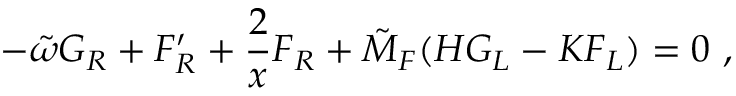
- \tilde { \omega } G _ { R } + F _ { R } ^ { \prime } + \frac { 2 } { x } F _ { R } + \tilde { M } _ { F } ( H G _ { L } - K F _ { L } ) = 0 \ ,